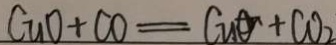
C u O + C O = C u O + C O _ { 2 }